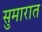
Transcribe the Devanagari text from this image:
सुमारात